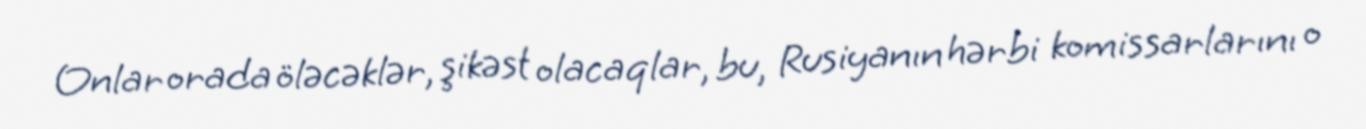
Onlar orada öləcəklər, şikəst olacaqlar, bu, Rusiyanın hərbi komissarlarını o